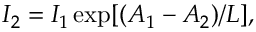
I _ { 2 } = I _ { 1 } \exp [ ( A _ { 1 } - A _ { 2 } ) / L ] ,